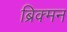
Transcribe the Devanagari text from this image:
ब्रिक्मन